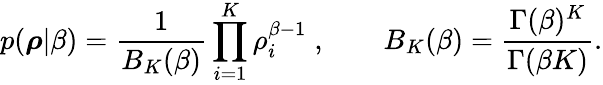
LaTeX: p(\boldsymbol{\rho}|\beta)=\frac{1}{B_{K}(\beta)}\prod_{i=1}^{K}\rho_{i}^{\beta-1}\; ,\qquad B_{K}(\beta)=\frac{\Gamma(\beta)^{K}}{\Gamma(\beta K)}.